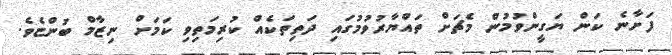
ފަށާނެ ކަން ޔަގީންވުމުން މެޗަށް ތައްޔާރުވުމުގައި ދަތިތަކެއް ކުރިމަތިވި ކަމަށް ނިޒާމް ބުންޏެވެ.